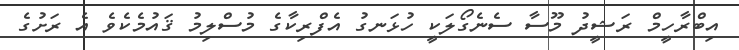
އިބްރާހީމް ރަޝީދު މޫސާ ސެނެގޯލަކީ ހުޅަނގު އެފްރިކާގެ މުސްލިމު ޤައުމެކެވެ އެ ރަށުގެ